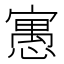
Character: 𡪾